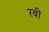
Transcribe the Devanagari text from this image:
ऱबी